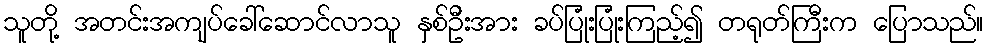
သူတို့ အတင်းအကျပ်ခေါ်ဆောင်လာသူ နှစ်ဦးအား ခပ်ပြုံးပြုံးကြည့်၍ တရုတ်ကြီးက ပြောသည်။